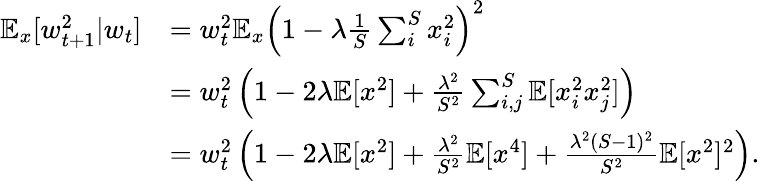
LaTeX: \begin{array}{rl}{\mathbb{E}_{x}[w_{t+1}^{2}|w_{t}]}&{=w_{t}^{2}\mathbb{E}_{x}\left(1-\lambda\frac{1}{S}\sum_{i}^{S}x_{i}^{2}\right)^{2}}\\ &{=w_{t}^{2}\left(1-2\lambda\mathbb{E}[x^{2}]+\frac{\lambda^{2}}{S^{2}}\sum_{i,j}^{S}\mathbb{E}[x_{i}^{2}x_{j}^{2}]\right)}\\ &{=w_{t}^{2}\left(1-2\lambda\mathbb{E}[x^{2}]+\frac{\lambda^{2}}{S^{2}}\mathbb{E}[x^{4}]+\frac{\lambda^{2}(S-1)^{2}}{S^{2}}\mathbb{E}[x^{2}]^{2}\right).}\end{array}